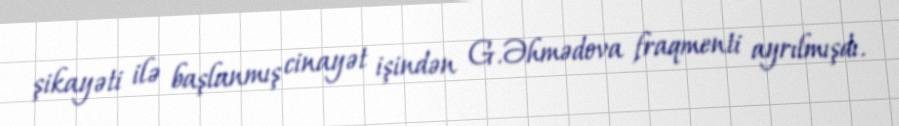
şikayəti ilə başlanmış cinayət işindən G.Əhmədova fraqmenti ayrılmışdı.